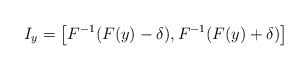
\begin{align*} I_y = \left[F^{-1}(F(y)-\delta),F^{-1}(F(y)+\delta)\right] \end{align*}